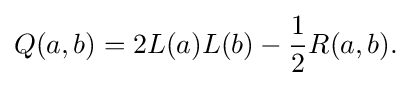
\displaystyle {Q(a,b)=2L(a)L(b)-{\frac {1}{2}}R(a,b).}